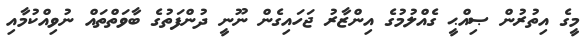
މީގެ އިތުރުން ޞިއްޙީ ގެއްލުމުގެ އިންޒާރު ޖަހައިގެން ނޫނީ ދުންފަތުގެ ބާވަތްތައް ނުވިއްކުމާއި